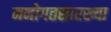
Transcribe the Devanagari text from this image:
मनोगतसारख्या